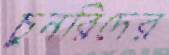
চুনরিদের